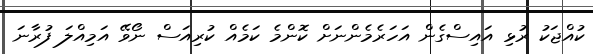
ކުއްޖަކު ރުޅި އައިސްގެން އަހަރެމެންނަށް ކޮންމެ ކަމެއް ކުރިއަސް ނޯވޭ އަމިއްލަ ފުރާނަ